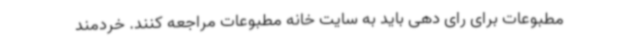
مطبوعات برای رای دهی باید به سایت خانه مطبوعات مراجعه کنند. خردمند